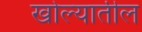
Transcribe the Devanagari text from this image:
खोल्यातील